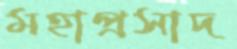
মহাপ্রসাদ